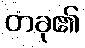
တခု၏